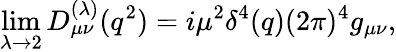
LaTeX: \operatorname*{lim}_{\lambda\rightarrow 2}D_{\mu\nu}^{(\lambda)}(q^{2})=i\mu^{2}\delta^{4}(q)(2\pi)^{4}g_{\mu\nu},